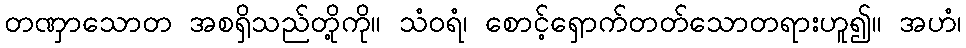
တဏှာသောတ အစရှိသည်တို့ကို။ သံဝရံ၊ စောင့်ရှောက်တတ်သောတရားဟူ၍။ အဟံ၊